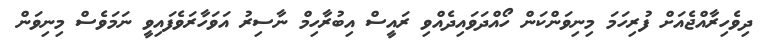
ދިވެހިރާއްޖެއަށް ފުރިހަމަ މިނިވަންކަން ހޯއްދަވައިދެއްވި ރައީސް އިބުރާހިމް ނާސިރު އަވަހާރަވެފައިވީ ނަމަވެސް މިނިވަން